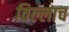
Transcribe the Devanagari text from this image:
विल्लाच